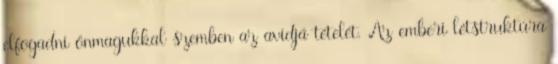
elfogadni önmagukkal szemben az avidjá tételét. Az emberi létstruktúra